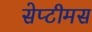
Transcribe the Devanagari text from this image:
सेप्टीमस